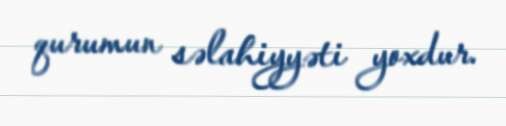
qurumun səlahiyyəti yoxdur.